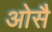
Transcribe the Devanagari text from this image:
ओसै